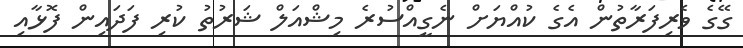
ގޭގެ ވެރިފަރާތުން އެގެ ކުއްޔަށް ނެގީއްސުރެ މިޝްއަލް ޝަރުތު ކުރި ފަދައިން ފޮޅާއި